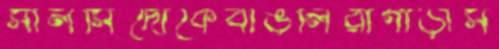
সালসিদোকেবাঙলিরাগাড়াস